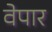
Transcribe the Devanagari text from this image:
वेपार